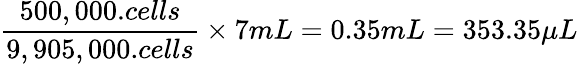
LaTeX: \frac{500,000.cells}{9,905,000.cells}\times 7mL=0.35mL=353.35\mu L